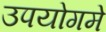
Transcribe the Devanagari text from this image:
उपयोगमे